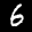
Label: 6